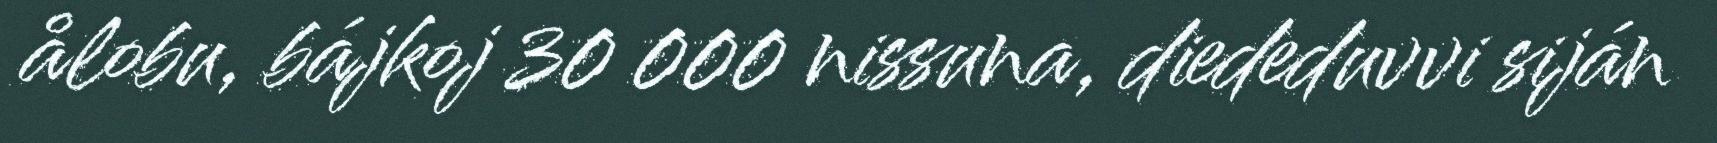
ålobu, bájkoj 30 000 nissuna, diededuvvi siján